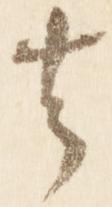
去